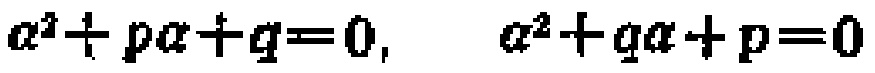
\(a^{2}+pa + q = 0, \quad a^{2}+qa + p = 0\)